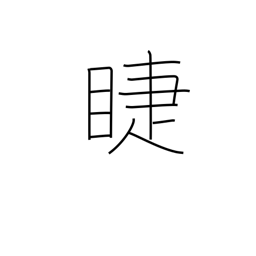
Meaning: eyelashes